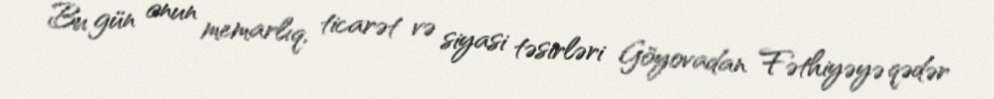
Bu gün onun memarlıq, ticarət və siyasi təsirləri Göyovadan Fəthiyəyə qədər